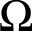
\Omega